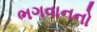
ભગવાનનો